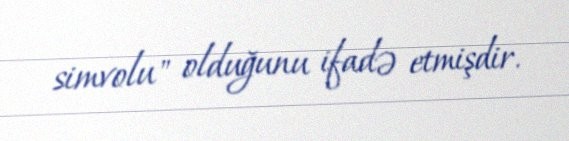
simvolu" olduğunu ifadə etmişdir.